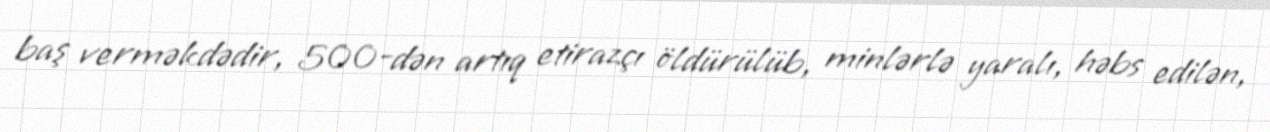
baş verməkdədir, 500-dən artıq etirazçı öldürülüb, minlərlə yaralı, həbs edilən,